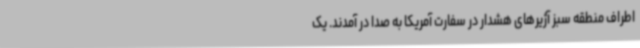
اطراف منطقه سبز آژیرهای هشدار در سفارت آمریکا به صدا در آمدند. یک